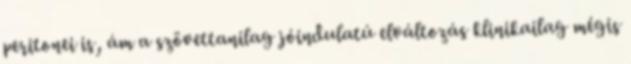
peritonei is, ám a szövettanilag jóindulatú elváltozás klinikailag mégis